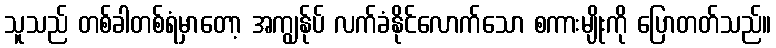
သူသည် တစ်ခါတစ်ရံမှာတော့ အကျွန်ုပ် လက်ခံနိုင်လောက်သော စကားမျိုးကို ပြောတတ်သည်။